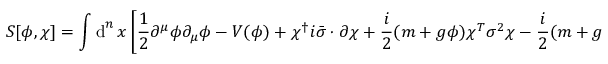
S [ \phi , \chi ] = \int \operatorname { d } ^ { n } x \left[ { \frac { 1 } { 2 } } \partial ^ { \mu } \phi \partial _ { \mu } \phi - V ( \phi ) + \chi ^ { \dagger } i { \bar { \sigma } } \cdot \partial \chi + { \frac { i } { 2 } } ( m + g \phi ) \chi ^ { T } \sigma ^ { 2 } \chi - { \frac { i } { 2 } } ( m + g \phi ) ^ { * } \chi ^ { \dagger } \sigma ^ { 2 } \chi ^ { * } \right]